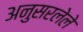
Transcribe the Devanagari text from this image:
अनुसरलेले